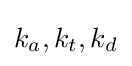
k_{a},k_{t},k_{d}